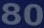
80